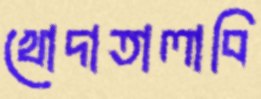
খোদাতালাবি